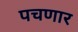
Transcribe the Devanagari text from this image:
पचणार